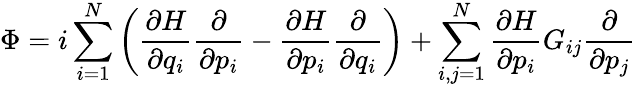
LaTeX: \Phi=i\sum_{i=1}^{N}\left({\frac{\partial H}{\partial q_{i}}}{\frac{\partial}{\partial p_{i}}}-{\frac{\partial H}{\partial p_{i}}}{\frac{\partial}{\partial q_{i}}}\right)+\sum_{i,j=1}^{N}{\frac{\partial H}{\partial p_{i}}}G_{ij}{\frac{\partial}{\partial p_{j}}}